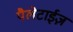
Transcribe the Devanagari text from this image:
पैलेटाईज़